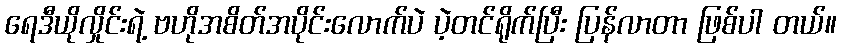
ရေဒီယိုလှိုင်းရဲ့ ဗဟိုအစိတ်အပိုင်းလောက်ပဲ ပဲ့တင်ရိုက်ပြီး ပြန်လာတာ ဖြစ်ပါ တယ်။